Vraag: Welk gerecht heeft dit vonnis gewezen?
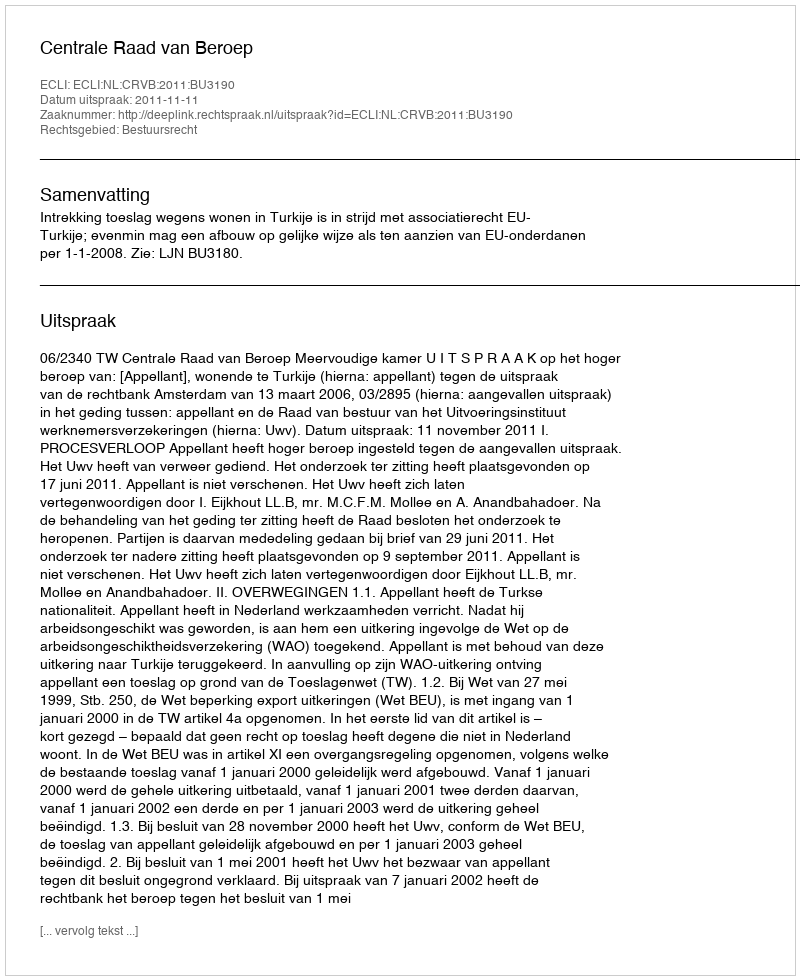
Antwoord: Centrale Raad van Beroep